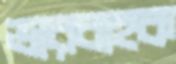
ভারবাহক